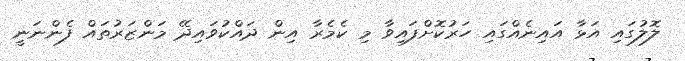
ލޮލުގައި އަޅާ އައިނެއްގައި ހަރުކޮށްފައިވާ މި ކެމެރާ އިން ދައްކުވައިދޭ މަންޒަރުތައް ފެންނަނީ